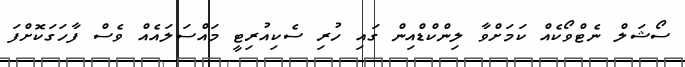
ސޯޝަލް ނެޓްވޯކެއް ކަމަށްވާ ލިންކްޑްއިން ގައި ހުރި ސެކިއުރިޓީ މައްސަލައެއް ވެސް ފާހަގަކޮށްފަ